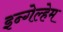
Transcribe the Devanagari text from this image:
इन्गेल्हेम